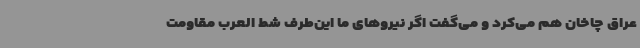
عراق چاخان هم می‌کرد و می‌گفت اگر نیروهای ما این‌طرف شط العرب مقاومت